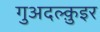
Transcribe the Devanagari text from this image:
गुअदल्क़ुइर